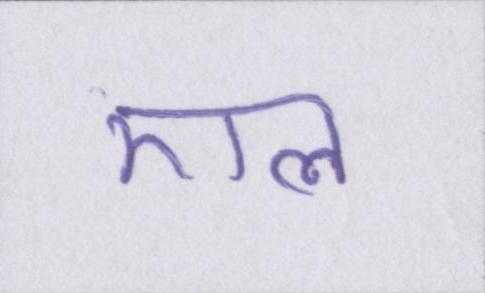
एल